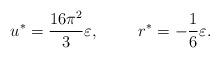
LaTeX: \begin{align*}u^{*}=\frac{16\pi^2}{3}\varepsilon,\hspace{1.0cm} r^{*}=-\frac{1}{6}\varepsilon.\end{align*}